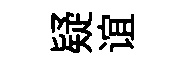
疑谊